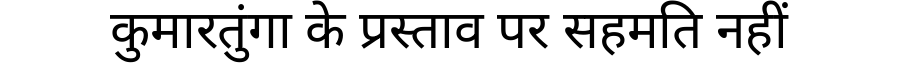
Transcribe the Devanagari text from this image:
कुमारतुंगा के प्रस्ताव पर सहमति नहीं